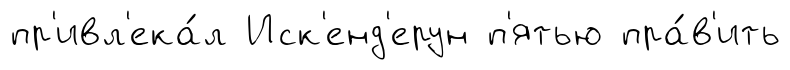
пр'ивл'ека́л Иск'енд'ерун п'ятью пра́в'ить